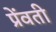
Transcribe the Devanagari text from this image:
प्रेंवती